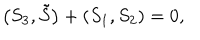
\left( S _ { 3 } , \tilde { S } \right) + \left( S _ { 1 } , S _ { 2 } \right) = 0 ,